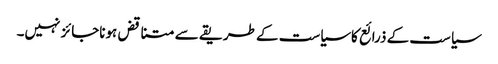
سیاست کے ذرائع کاسیاست کے طریقے سے متناقض ہوناجائز نہیں۔